Indian journal of veterinary science and animal husbandry - Volumes 18-21, 1948-1951
Year: 1948
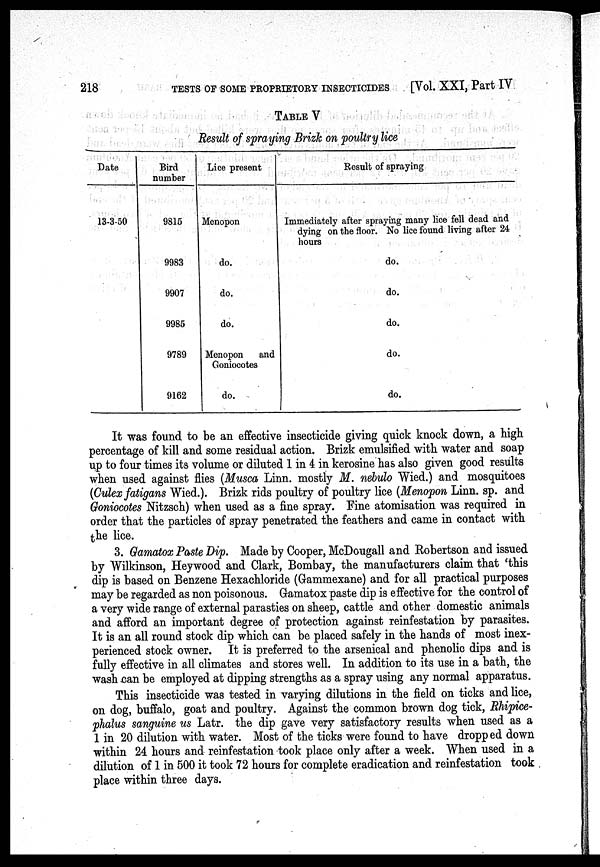
218
TESTS OF SOME PROPRIETORY INSECTICIDES
[Vol. XXI, Part IV
TABLE V
Result of spraying Brizk on poultry lice
Date
13-3-50
Bird
number
9815
9983
9907
9985
9789
9162
Lice present
Menopon
do.
do.
do.
Menopon
and
Goniocotes
do.
Result of spraying
Immediately after spraying many lice fell dead and
dying on the floor. No lice found living after 24
hours
do.
do.
do.
do.
do.
It was found to be an effective insecticide giving quick knock down, a high
percentage of kill and some residual action. Brizk emulsified with water and soap
up to four times its volume or diluted 1 in 4 in kerosine has also given good results
when used against flies (Musca Linn. mostly M. nebulo Wied.) and mosquitoes
(Culex fatigans Wied.). Brizk rids poultry of poultry lice (Menopon Linn. sp. and
Goniocotes Nitzsch) when used as a fine spray. Fine atomisation was required in
order that the particles of spray penetrated the feathers and came in contact with
the lice.
3. Gamatox Paste Dip. Made by Cooper, McDougall and Robertson and issued
by Wilkinson, Heywood and Clark, Bombay, the manufacturers claim that 'this
dip is based on Benzene Hexachloride (Gammexane) and for all practical purposes
may be regarded as non poisonous. Gamatox paste dip is effective for the control of
a very wide range of external parasties on sheep, cattle and other domestic animals
and afford an important degree of protection against reinfestation by parasites.
It is an all round stock dip which can be placed safely in the hands of most inex-
perienced stock owner. It is preferred to the arsenical and phenolic dips and is
fully effective in all climates and stores well. In addition to its use in a bath, the
wash can be employed at dipping strengths as a spray using any normal apparatus.
This insecticide was tested in varying dilutions in the field on ticks and lice,
on dog, buffalo, goat and poultry. Against the common brown dog tick, Rhipice-
phalus sanguine us Latr. the dip gave very satisfactory results when used as a
1 in 20 dilution with water. Most of the ticks were found to have dropped down
within 24 hours and reinfestation took place only after a week. When used in a
dilution of 1 in 500 it took 72 hours for complete eradication and reinfestation took
place within three days.